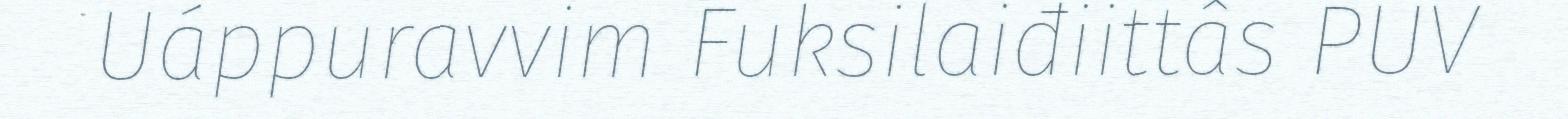
Uáppuravvim Fuksilaiđiittâs PUV